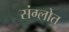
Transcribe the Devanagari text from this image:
संग्लोत